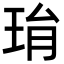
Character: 㻆